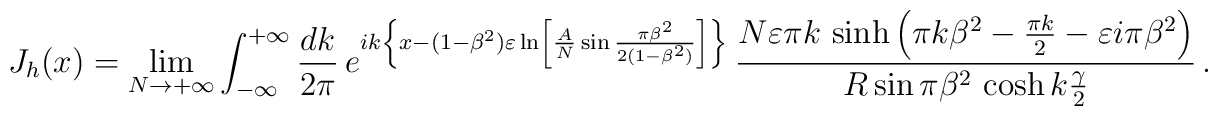
J_h(x)=\lim _{N\rightarrow +\infty} \int _{-\infty}^{+\infty} \frac {dk}{2\pi}\, e^{ik\left \{ x-(1-\beta ^2)\varepsilon \ln  \left [\frac {A}{N}\sin \frac {\pi \beta ^2}{2(1-\beta ^2)} \right ]\right \} } \,\frac {N \varepsilon \pi k \, \sinh \left (\pi k \beta ^2 -\frac {\pi k}{2}-\varepsilon i \pi \beta ^2\right )}{R \sin \pi \beta ^2 \, \cosh k \frac {\gamma}{2}} \, .